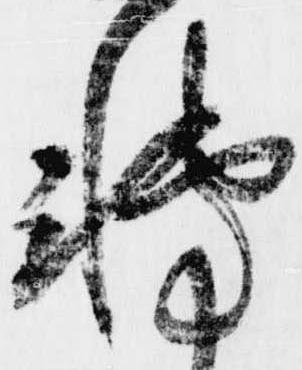
転